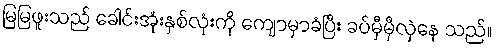
မြမြဖူးသည် ခေါင်းအုံးနှစ်လုံးကို ကျောမှာခံပြီး ခပ်မှီမှီလှဲနေ သည်။